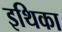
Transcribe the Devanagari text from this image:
इथिका